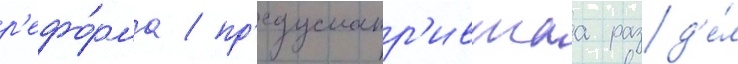
р'ефо́рма / пр'едусматр'ившаа разд'е́л